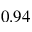
0 . 9 4